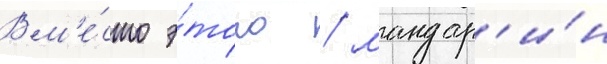
Вм'е́сто э́того / мандар'и́н